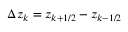
\Delta z _ { k } = z _ { k + 1 / 2 } - z _ { k - 1 / 2 }